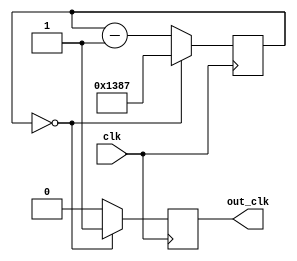
//Clock divider
module divider_5000 (clk, out_clk);
	input clk;
	output out_clk;
	parameter max_value = 4999;
	reg [15:0] count;
	reg out_clk;

	initial out_clk = 1'b0;
	
	always @(posedge clk)
	if (count == 10'b0) begin
		out_clk <= 1'b1;
		count <= max_value;
		end
		
	else begin
		count <= count - 1'b1;
		out_clk <= 1'b0;
	end
endmodule // divider_50000